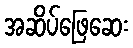
အဆိပ်ဖြေဆေး